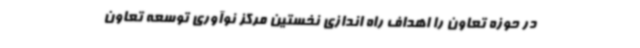
در حوزه تعاون را اهداف راه اندازی نخستین مرکز نوآوری توسعه تعاون